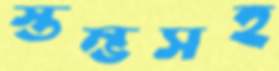
স্তম্ভসহ